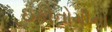
ઇકોનોમીનો